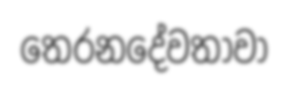
තෙරනදේවතාවා